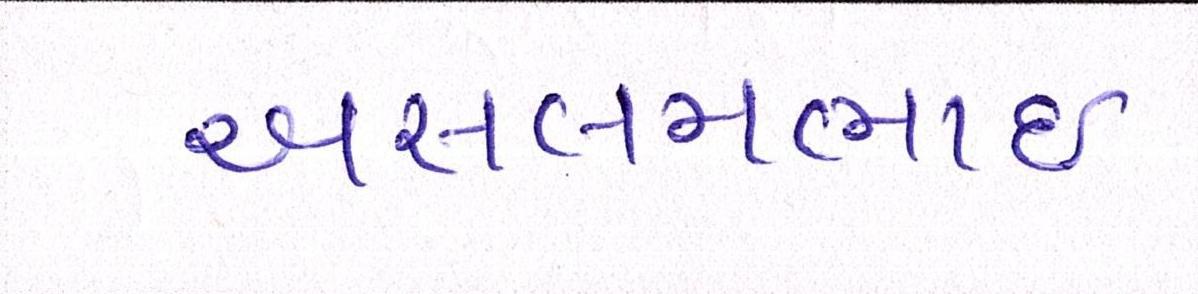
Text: અસલમભાઈ